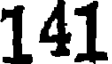
141